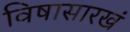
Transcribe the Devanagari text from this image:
विषासारखं